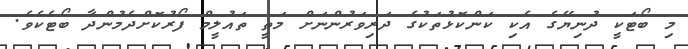
މި ބޯޓަކީ ދުނިޔޭގެ އެކި ކަންކޮޅުތަކުގެ ދަރިވަރުންނަށް މަތީ ތައުލީމް ފޯރުކޮށްދެމުންދާ ބޯޓެކެވެ.